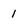
Character: 1